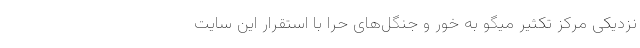
نزدیکی مرکز تکثیر میگو به خور و جنگل‌های حرا با استقرار این سایت